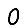
Digit: 0